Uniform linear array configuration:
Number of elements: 64
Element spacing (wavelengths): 0.75
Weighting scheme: kaiser
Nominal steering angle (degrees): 60
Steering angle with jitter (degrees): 59.171
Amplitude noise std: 0.05
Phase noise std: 0.05

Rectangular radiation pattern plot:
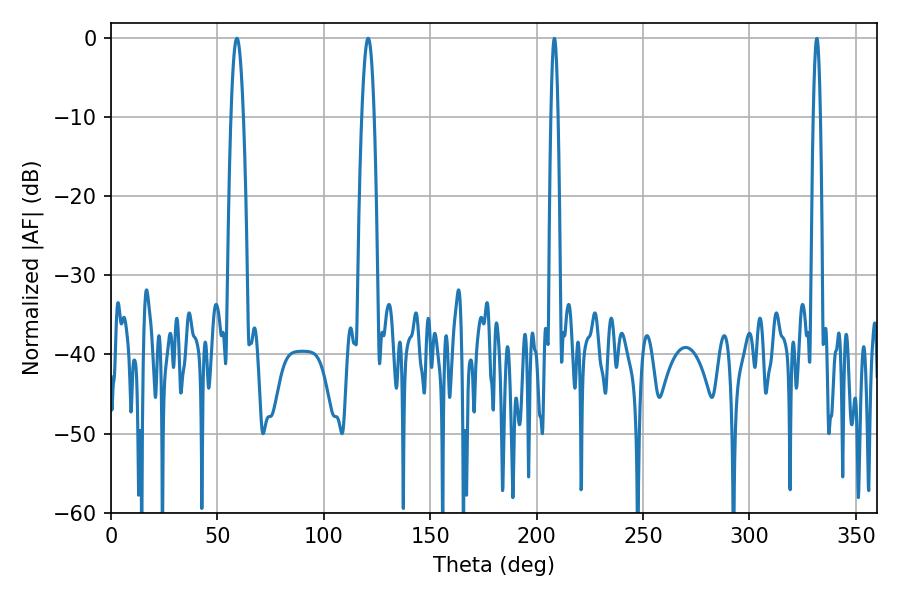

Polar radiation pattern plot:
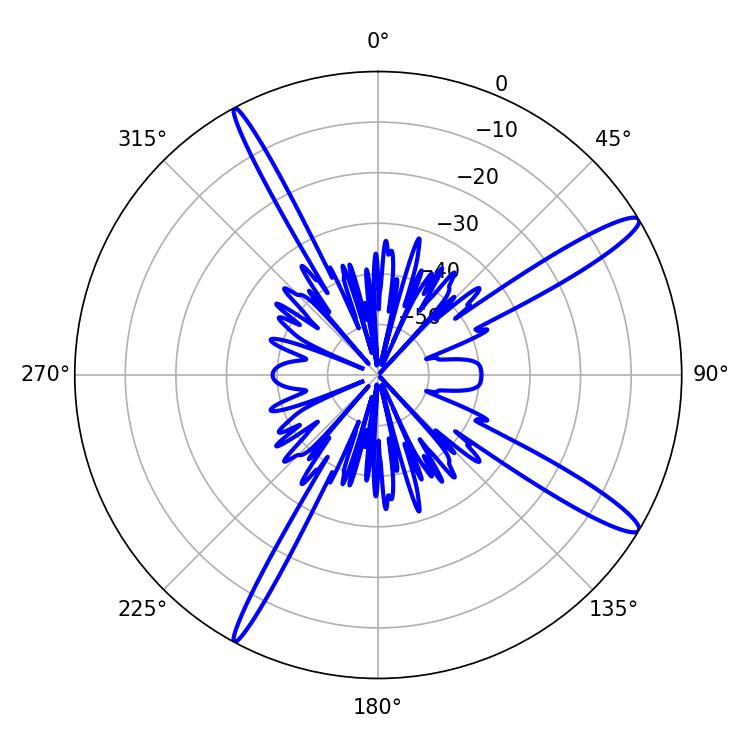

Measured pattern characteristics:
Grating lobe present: TRUE
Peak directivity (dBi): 14.488
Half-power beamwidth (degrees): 3.24
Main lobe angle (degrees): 120.78